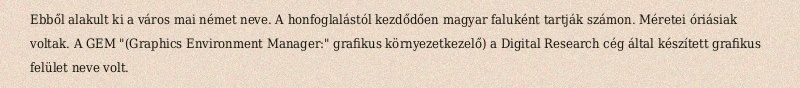
Ebből alakult ki a város mai német neve. A honfoglalástól kezdődően magyar faluként tartják számon. Méretei óriásiak voltak. A GEM "(Graphics Environment Manager:" grafikus környezetkezelő) a Digital Research cég által készített grafikus felület neve volt.